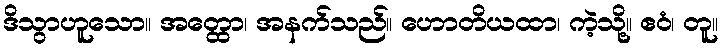
ဒိသွာဟူသော။ အတ္ထော၊ အနက်သည်။ ဟောတိယထာ၊ ကဲ့သို့။ ဧဝံ၊ တူ။